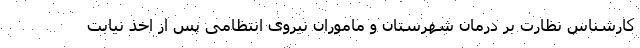
کارشناس نظارت بر درمان شهرستان و ماموران نیروی انتظامی پس از اخذ نیابت